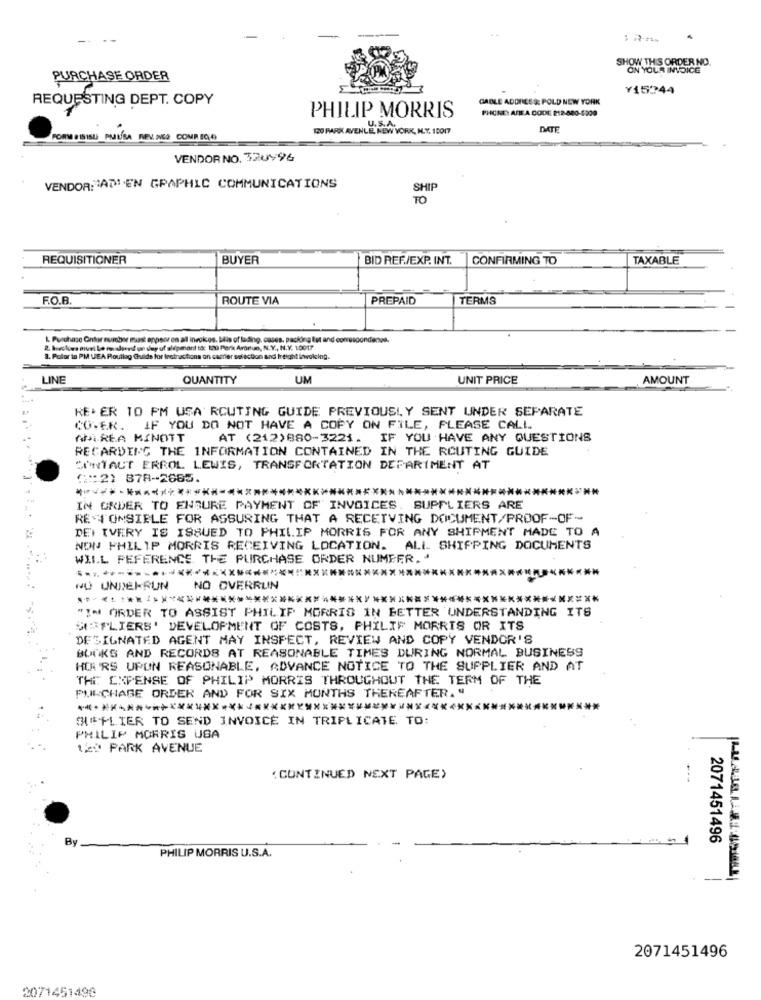
SHOW THIS ORDER NO.
ON YOUR INVOICE
PURCHASE ORDER
Y15244
GABLE ADDRESS: POLD NEW YORK
REQUESTING DEPT. COPY
PHONE: AREA CODE 218-080-5209
PHILIP MORRIS
120 PARK AVENLE PEN
E NEW YORK, IL.Y. 10017
DATE
PORM SISISU PILÍSA REV. NA COMBIQU'
VENDOR NO. 32Uy96
VENDOR ATTEN GRAPHIC COMMUNICATIONS
SHIP
TO
REQUISITIONER
BUYER
BID REF./EXP. INT.
CONFIRMING TO
TAXABLE
F.O.B.
ROUTE VIA
PREPAID
TERMS
1. Purchase Ontar number minst appsor on all ineokos. bilis of lading, cases, packing lot and correspondence.
2. huckes mivel Le reshend un say uf slepenant to: 120 Park Arartun, N.Y ., N.Y. 10017
3. Polar to PM VEA Poullag Guids for Instructions on carrier selection and Intight inwoking.
LINE
QUANTITY
UM
UNIT PRICE
AMOUNT
KEER 10 PM USA ROUTING GUIDE PREVIOUSLY SENT UNDER SEPARATE
CO.E.R. IF YOU DO NOT HAVE A COPY ON FILE, PLEASE CALL
AIREA MENOTT
AT (212)880-3221. IF YOU HAVE ANY QUESTIONS
REGARDING THE INFORMATION CONTAINED IN THE ROUTING GUIDE
CONTACT ERROL LEWIS, TRANSPORTATION DEPARTMENT AT
( :: 2) 878-2665.
***********
IN ORDER TO ENSURE PAYMENT OF INVOICES. SUPPLIERS ARE
RE TONSIELE FOR ASSURING THAT A RECEIVING DOCUMENT/PROOF-OF-
DE EVERY IS ISSUED TO PHILIP MORRIS FOR ANY SHIPMENT MADE TO A
NON PHILIP MORRIS RECEIVING LOCATION. ALL SHIPPING DOCUMENTS
WILL REFERENCE THE PURCHASE ORDER NUMBER. .
**.**-********************************
NU UNDERRUN
NO OVERRUN
*****
*********
"IN ORDER TO ASSIST PHILIP MORRIS IN BETTER UNDERSTANDING ITS
SEPLIERS' DEVELOPMENT OF COSTS, PHILIP MORRIS OR ITS
DESIGNATED AGENT MAY INSPECT, REVIEW AND COPY VENDOR'S
BOOKS AND RECORDS AT REASONABLE TIMES DURING NORMAL BUSINESS
HIA 'RS UPON REASONABLE, ADVANCE NOTICE TO THE SUPPLIER AND AT
THE EXPENSE OF PHILIP MORRIS THROUGHOUT THE TERM OF THE
PURCHASE ORDER AND FOR SIX MONTHS THEREAFTER. "
************************************************
SHIPLIER TO SEND INVOICE IN TRIPLICATE TO:
PHILIP MORRIS USA
12º PARK AVENUE
( CONTINUED NEXT PAGE)
By
2071451496
PHILIP MORRIS U.S.A.
2071451496
2071451490